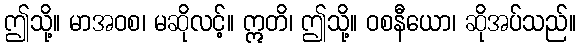
ဤသို့။ မာအဝစ၊ မဆိုလင့်။ ဣတိ၊ ဤသို့။ ဝစနီယော၊ ဆိုအပ်သည်။